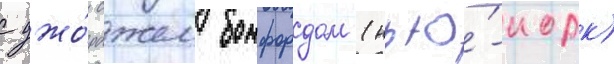
с джо́рджем бомфордом (нью́-иорк)